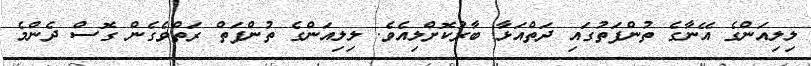
ލިލިއަންގެ އޭނާގެ ތުންފަތުގައި ދަތްއަޅާ ބާރުކޮށްލިއެވެ. ލިލިއަންގެ ތުންފަތް ރަތްވެގެން ގޮސް ދެންމެ